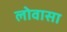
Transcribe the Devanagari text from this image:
लोवासा